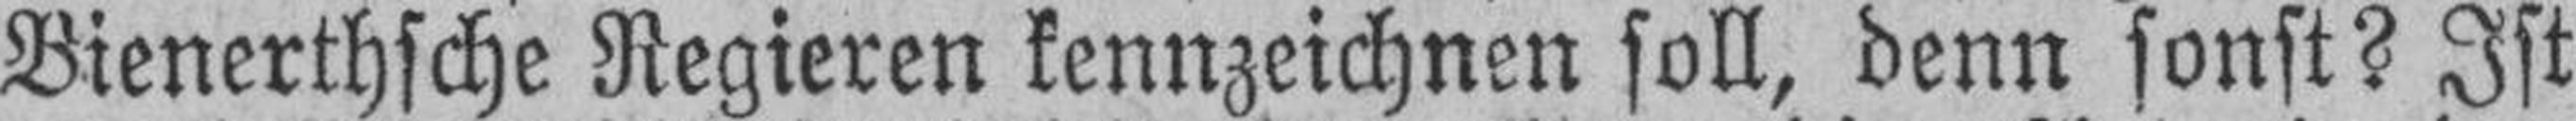
Bienerthsche Regieren kennzeichnen soll, denn sonst? Ist